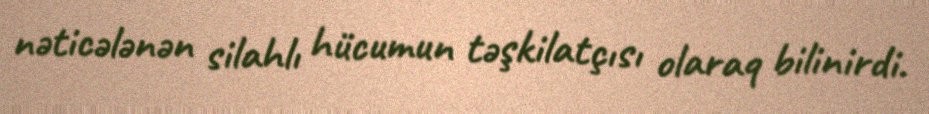
nəticələnən silahlı hücumun təşkilatçısı olaraq bilinirdi.